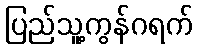
ပြည်သူ့ကွန်ဂရက်